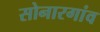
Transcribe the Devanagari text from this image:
सोनारगांव